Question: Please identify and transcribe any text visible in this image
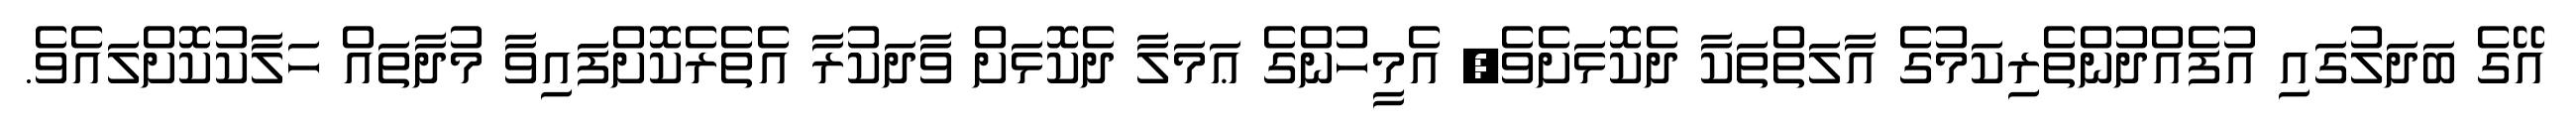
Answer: އޭގެ ބަދަލުގައި އުފެއްދުންތެރިކަމުގެ އާލަތްތަކާ ދެކޮޅަށެވެ; އެމީހުންގެ ޢަމަލާ ދެކޮޅަށް ވާދަކުރާ އެތެރެކޮށްފައިވާ މުދާތައް ހަލާކުކޮށްލައެވެ.